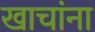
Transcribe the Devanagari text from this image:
खाचांना